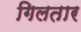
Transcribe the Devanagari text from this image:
गिलतार